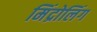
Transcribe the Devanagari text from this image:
मिंद्रोलिंग